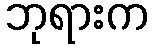
ဘုရားက